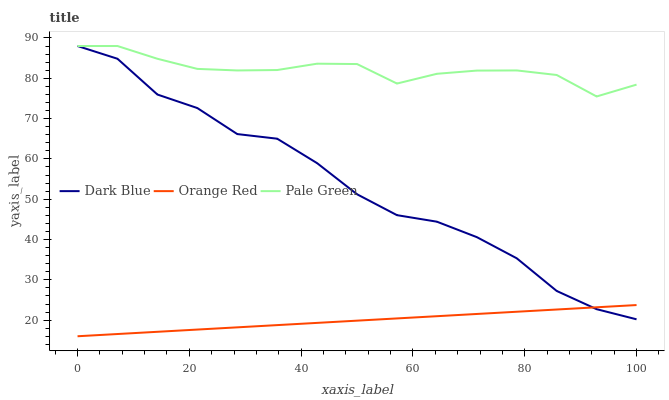
| xaxis_label | Dark Blue | Orange Red | Pale Green |
 | --- | --- | --- | --- |
 | 0 | 88 | 16 | 88 |
 | 7.14 | 84.8 | 16.6 | 88 |
 | 14.3 | 76 | 17.1 | 84.8 |
 | 21.4 | 72.6 | 17.7 | 82.3 |
 | 28.6 | 66.2 | 18.2 | 81.9 |
 | 35.7 | 65 | 18.8 | 82 |
 | 42.9 | 58.9 | 19.3 | 83.6 |
 | 50 | 51.2 | 19.9 | 83.5 |
 | 57.1 | 46 | 20.4 | 78.7 |
 | 64.3 | 44.4 | 21 | 81.1 |
 | 71.4 | 40.6 | 21.5 | 81.9 |
 | 78.6 | 35.3 | 22.1 | 81.9 |
 | 85.7 | 27.2 | 22.6 | 80.8 |
 | 92.9 | 22.7 | 23.2 | 75.5 |
 | 100 | 20.2 | 23.7 | 78.4 |